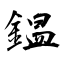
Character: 鎾